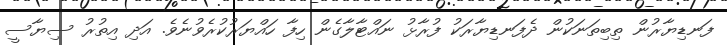
ފަނޑިޔާރުން ތިބިތަނަކުން ދެފަނޑިޔާރަކު ފުރާޅު ނައްޓާލާގެން ހިފާ ހައްޔަރުކުރެވުނެވެ. އަދި އިތުރު ސިޔާސީ